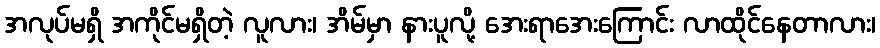
အလုပ်မရှိ အကိုင်မရှိတဲ့ လူလား၊ အိမ်မှာ နားပူလို့ အေးရာအေးကြောင်း လာထိုင်နေတာလား၊